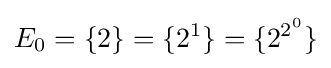
E_{0}=\{2\}=\{2^{1}\}=\{2^{2^{0}}\}